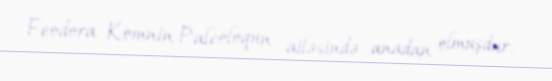
Feodora Komnin Paleoloqun ailəsində anadan olmuşdur.